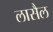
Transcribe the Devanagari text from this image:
लासैल